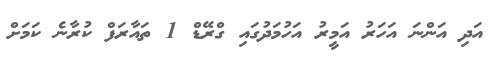
އަދި އަންނަ އަހަރު އަމީރު އަހުމަދުގައި ގްރޭޑް 1 ތައާރަފް ކުރާނެ ކަމަށް